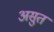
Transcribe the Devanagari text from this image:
असुत